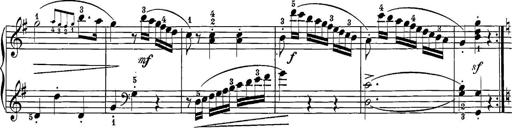
Title: 12 Sonatine per Pianoforte
Composer: Friedrich Kuhlau